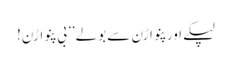
لپکے اور پنواڑن سے بولے ’’بی پنواڑن!